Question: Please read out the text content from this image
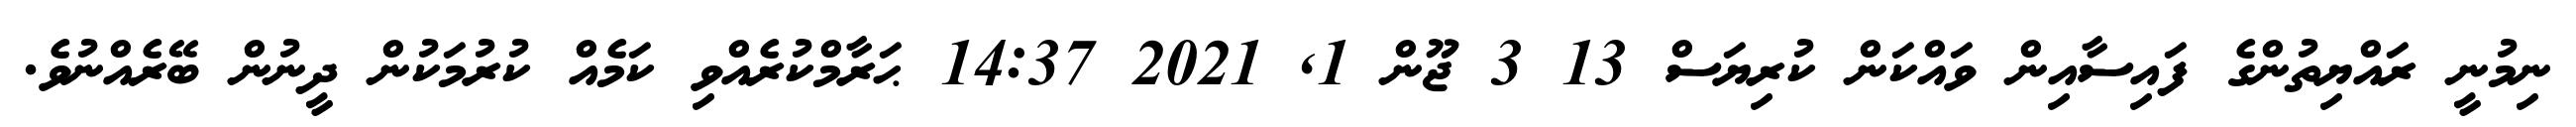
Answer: ނިމުނީ ރައްޔިތުންގެ ފައިސާއިން ވައްކަން ކުރިޔަސް 13 3 ޖޫން 1, 2021 14:37 ޙަރާމްކުރެއްވި ކަމެއް ކުރުމަކުން ދީނުން ބޭރެއްނުވެ.